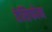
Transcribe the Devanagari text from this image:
तेसिफोन